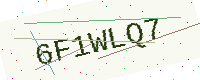
Text: 6F1WLQ7